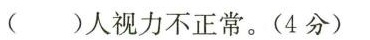
( )人视力不正常。(4分)